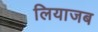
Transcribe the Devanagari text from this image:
लियाजब